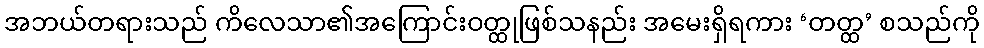
အဘယ်တရားသည် ကိလေသာ၏အကြောင်းဝတ္ထုဖြစ်သနည်း အမေးရှိရကား ‘တတ္ထ’ စသည်ကို